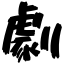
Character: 劇